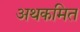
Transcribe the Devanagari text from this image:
अथकमित